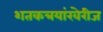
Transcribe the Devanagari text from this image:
शतकत्रयांखेरीज